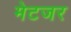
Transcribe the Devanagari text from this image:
मेटजर